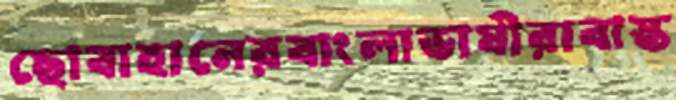
ছোবাহানেরবাংলাভাষীরাবাস্ত